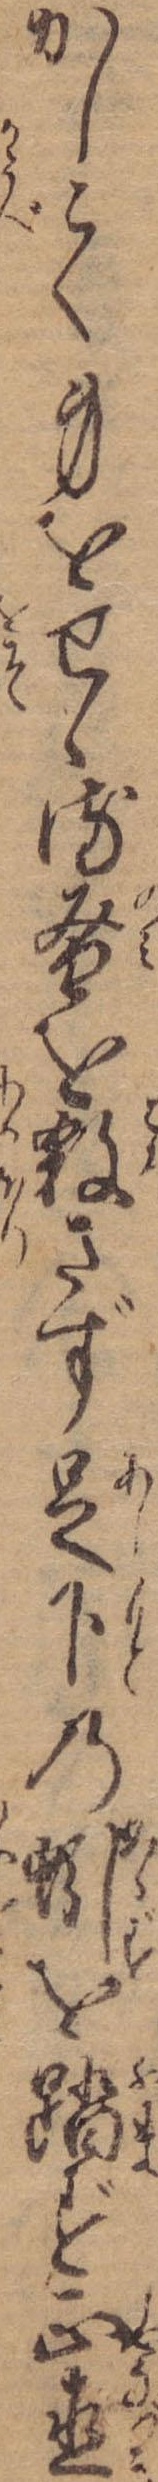
かしこく身をせゝる蚤を殺さず足下の蚓を踏ず正直